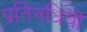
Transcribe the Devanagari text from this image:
प्रतिनधियों